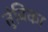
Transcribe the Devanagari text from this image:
तुंबिका